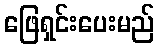
ဖြေရှင်းပေးမည်